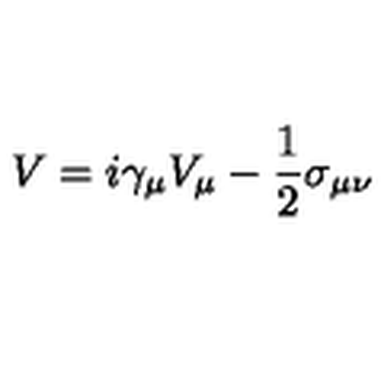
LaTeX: V = i \gamma _ { \mu } V _ { \mu } - \frac { 1 } { 2 } \sigma _ { \mu \nu }